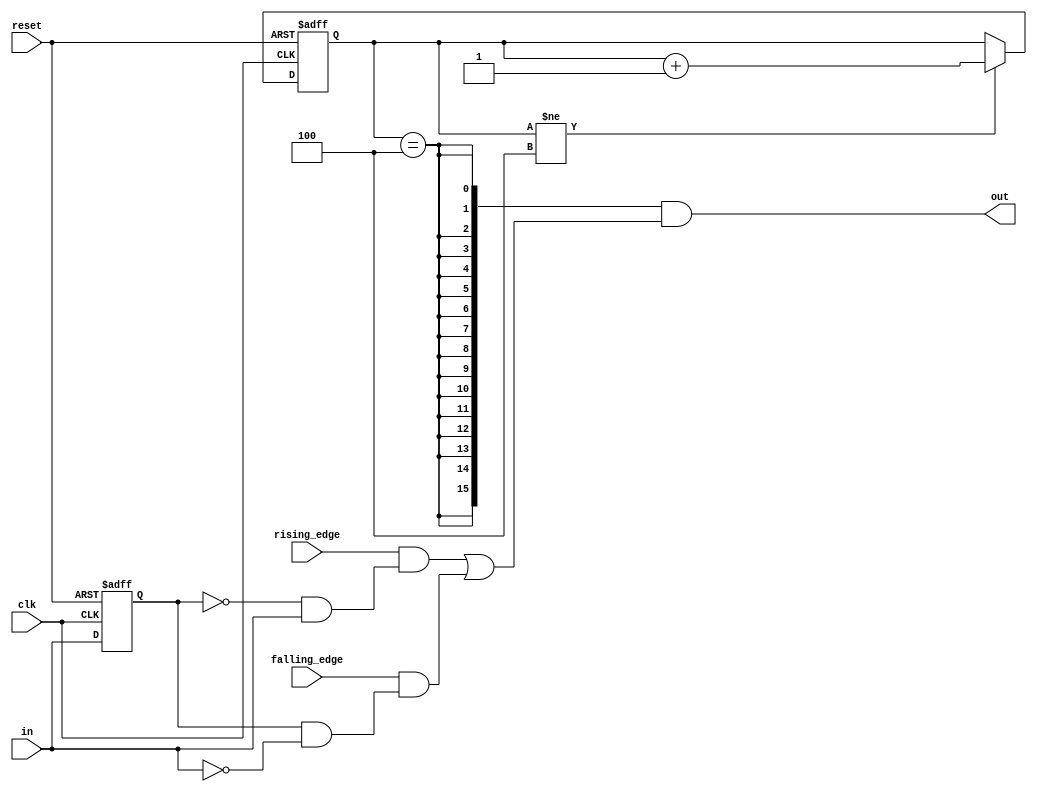
module edge_detector(
    input clk,
    input reset,

    input [WIDTH-1:0] in,               // Sampled input state
    input [WIDTH-1:0] rising_edge,      // Flags controlling whether rising edges are detected
    input [WIDTH-1:0] falling_edge,     // Flags controlling whether falling edges are detected
    output [WIDTH-1:0] out              // Flags describing whether edges were detected
);

parameter WIDTH = 16;       // The input width

reg [WIDTH-1:0] previous;   // The previous state used to detect a clock edge

always @(posedge clk or negedge reset) begin
    if(!reset) begin
        previous <= {WIDTH{1'h0}};
    end
    else begin
        previous <= in;
    end
end


reg [2:0] delay;    // Delay counter. After a reset, we have to delay edge detection for four cycles, since the GPIO input
                    // is delayed by three cycles because of the input synchronizer, so we read the actual previous value
                    // on the fourth cycle. We count this up to 3'h4.
wire [WIDTH-1:0] delay_mask = {WIDTH{(delay == 3'h4)}};

always @(posedge clk or negedge reset) begin
    if(!reset) begin
        delay <= 3'h0;
    end
    else begin
        if(delay != 3'h4) begin
            delay <= delay + 3'h1;
        end
    end
end

// Detection logic
wire [WIDTH-1:0] re_detected = rising_edge & (~previous & in);
wire [WIDTH-1:0] fe_detected = falling_edge & (previous & ~in);

assign out = delay_mask & (re_detected | fe_detected);

endmodule